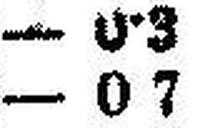
— 0 7